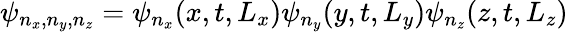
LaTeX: \psi_{n_{x},n_{y},n_{z}}=\psi_{n_{x}}(x,t,L_{x})\psi_{n_{y}}(y,t,L_{y})\psi_{n_{z}}(z,t,L_{z})